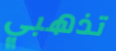
تذهبي